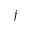
j